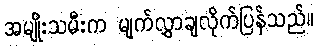
အမျိုးသမီးက မျက်လွှာချလိုက်ပြန်သည်။